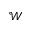
\mathcal { W }